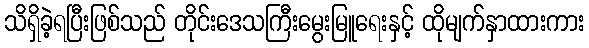
သိရှိခဲ့ရပြီးဖြစ်သည် တိုင်းဒေသကြီးမွေးမြူရေးနှင့် ထိုမျက်နှာထားကား